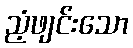
ညံ့ဖျင်းသော